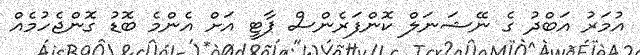
އުމަރު އަބްދު ގެ ނޭޝަނަލް ކޮންފަރެންސް ޕާޓީ އަށް އެންމެ ބޮޑު ގޮންޖެހުމެއް